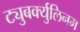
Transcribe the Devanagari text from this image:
ट्युबर्क्युलिनम